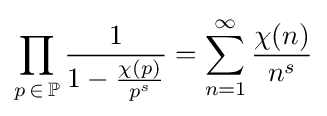
\prod _{p\,\in \,\mathbb {P} }{\frac {1}{1-{\frac {\chi (p)}{p^{s}}}}}=\sum _{n=1}^{\infty }{\frac {\chi (n)}{n^{s}}}